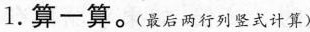
1.算一算。(最后两行列竖式计算)